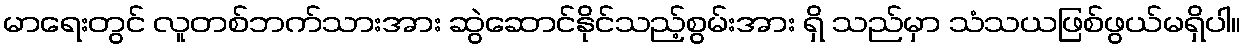
မာရေးတွင် လူတစ်ဘက်သားအား ဆွဲဆောင်နိုင်သည့်စွမ်းအား ရှိ သည်မှာ သံသယဖြစ်ဖွယ်မရှိပါ။